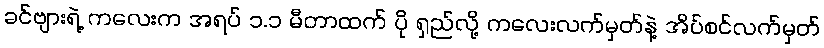
ခင်ဗျားရဲ့ ကလေးက အရပ် ၁.၁ မီတာထက် ပို ရှည်လို့ ကလေးလက်မှတ်နဲ့ အိပ်စင်လက်မှတ်